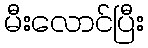
မီးလောင်ပြီး